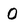
Character: O